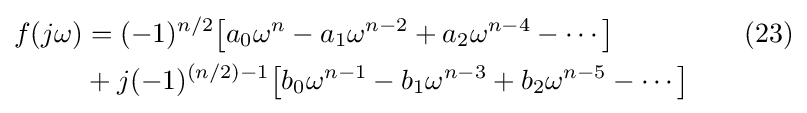
{\begin{aligned}f(j\omega )&=(-1)^{n/2}{\big [}a_{0}\omega ^{n}-a_{1}\omega ^{n-2}+a_{2}\omega ^{n-4}-\cdots {\big ]}&{}\quad (23)\\&+j(-1)^{(n/2)-1}{\big [}b_{0}\omega ^{n-1}-b_{1}\omega ^{n-3}+b_{2}\omega ^{n-5}-\cdots {\big ]}&{}\\\end{aligned}}